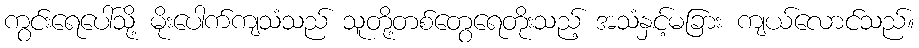
ကွင်းရေပေါ်သို့ မိုးပေါက်ကျသံသည် သူတို့တစ်တွေရေတိုးသည့် အသံနှင့်မခြား ကျယ်လောင်သည်။